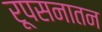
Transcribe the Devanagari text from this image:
रूपसनातन